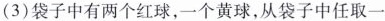
(3)袋子中有两个红球，一个黄球，从袋子中任取一